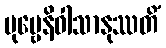
ပုဗ္ဗေနိဝါသာနုဿတိံ